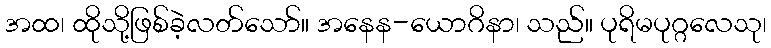
အထ၊ ထိုသို့ဖြစ်ခဲ့လတ်သော်။ အနေန-ယောဂိနာ၊ သည်။ ပုရိမပုဂ္ဂလေသု၊